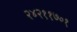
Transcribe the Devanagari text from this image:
२४२११७०१